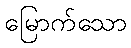
မြောက်သော